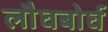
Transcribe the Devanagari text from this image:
लौघबोर्घ